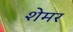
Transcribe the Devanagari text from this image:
शेमर